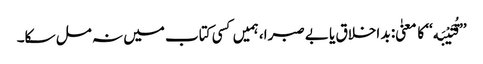
’’قُتَیْبَه‘‘ کا معنیٰ: بد اخلاق یا بے صبرا، ہمیں کسی کتاب میں نہ مل سکا۔